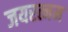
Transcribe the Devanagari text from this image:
जयरत्नम